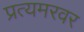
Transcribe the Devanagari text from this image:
प्रत्यमरवर